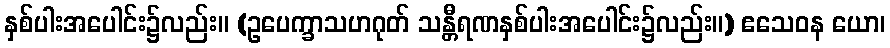
နှစ်ပါးအပေါင်း၌လည်း။ (ဥပေက္ခာသဟဂုတ် သန္တီရဏနှစ်ပါးအပေါင်း၌လည်း။) ဧသေဝန ယော၊